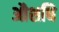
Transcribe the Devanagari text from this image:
औशधि